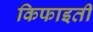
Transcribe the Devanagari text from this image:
किफाइती